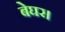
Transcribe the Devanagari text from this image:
बेघर।